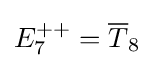
E_{7}^{++}={\overline {T}}_{8}